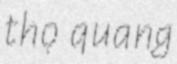
thọ quang